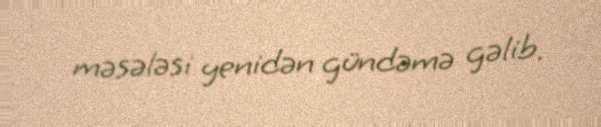
məsələsi yenidən gündəmə gəlib.